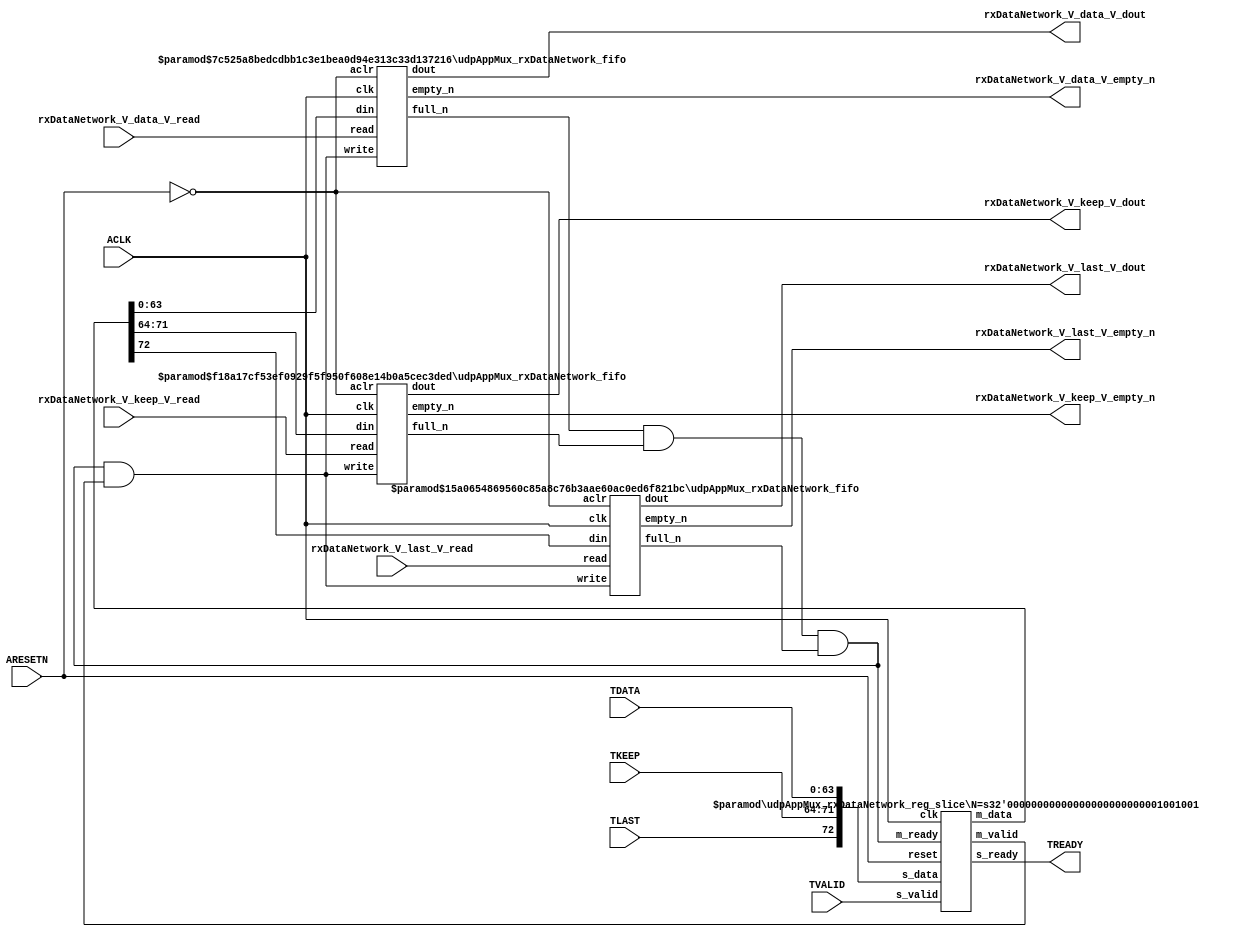
// ==============================================================
// File generated by Vivado(TM) HLS - High-Level Synthesis from C, C++ and SystemC
// Version: 2016.3
// Copyright (C) 1986-2016 Xilinx, Inc. All Rights Reserved.
// 
// ==============================================================


`timescale 1ns/1ps

module udpAppMux_rxDataNetwork_if (
    // AXI4-Stream singals
    input  wire        ACLK,
    input  wire        ARESETN,
    input  wire        TVALID,
    output wire        TREADY,
    input  wire [63:0] TDATA,
    input  wire [7:0]  TKEEP,
    input  wire [0:0]  TLAST,
    // User signals
    output wire [63:0] rxDataNetwork_V_data_V_dout,
    output wire        rxDataNetwork_V_data_V_empty_n,
    input  wire        rxDataNetwork_V_data_V_read,
    output wire [7:0]  rxDataNetwork_V_keep_V_dout,
    output wire        rxDataNetwork_V_keep_V_empty_n,
    input  wire        rxDataNetwork_V_keep_V_read,
    output wire [0:0]  rxDataNetwork_V_last_V_dout,
    output wire        rxDataNetwork_V_last_V_empty_n,
    input  wire        rxDataNetwork_V_last_V_read
);
//------------------------Local signal-------------------
// FIFO
wire [0:0]  fifo_write;
wire [0:0]  fifo_full_n;
wire [63:0] rxDataNetwork_V_data_V_din;
wire [0:0]  rxDataNetwork_V_data_V_full_n;
wire [7:0]  rxDataNetwork_V_keep_V_din;
wire [0:0]  rxDataNetwork_V_keep_V_full_n;
wire [0:0]  rxDataNetwork_V_last_V_din;
wire [0:0]  rxDataNetwork_V_last_V_full_n;
// register slice
wire [0:0]  s_valid;
wire [0:0]  s_ready;
wire [72:0] s_data;
wire [0:0]  m_valid;
wire [0:0]  m_ready;
wire [72:0] m_data;

//------------------------Instantiation------------------
// rs
udpAppMux_rxDataNetwork_reg_slice #(
    .N       ( 73 )
) rs (
    .clk     ( ACLK ),
    .reset   ( ARESETN ),
    .s_data  ( s_data ),
    .s_valid ( s_valid ),
    .s_ready ( s_ready ),
    .m_data  ( m_data ),
    .m_valid ( m_valid ),
    .m_ready ( m_ready )
);

// rxDataNetwork_V_data_V_fifo
udpAppMux_rxDataNetwork_fifo #(
    .DATA_BITS  ( 64 ),
    .DEPTH_BITS ( 4 )
) rxDataNetwork_V_data_V_fifo (
    .clk        ( ACLK ),
    .aclr       ( ~ARESETN ),
    .empty_n    ( rxDataNetwork_V_data_V_empty_n ),
    .full_n     ( rxDataNetwork_V_data_V_full_n ),
    .read       ( rxDataNetwork_V_data_V_read ),
    .write      ( fifo_write ),
    .dout       ( rxDataNetwork_V_data_V_dout ),
    .din        ( rxDataNetwork_V_data_V_din )
);

// rxDataNetwork_V_keep_V_fifo
udpAppMux_rxDataNetwork_fifo #(
    .DATA_BITS  ( 8 ),
    .DEPTH_BITS ( 4 )
) rxDataNetwork_V_keep_V_fifo (
    .clk        ( ACLK ),
    .aclr       ( ~ARESETN ),
    .empty_n    ( rxDataNetwork_V_keep_V_empty_n ),
    .full_n     ( rxDataNetwork_V_keep_V_full_n ),
    .read       ( rxDataNetwork_V_keep_V_read ),
    .write      ( fifo_write ),
    .dout       ( rxDataNetwork_V_keep_V_dout ),
    .din        ( rxDataNetwork_V_keep_V_din )
);

// rxDataNetwork_V_last_V_fifo
udpAppMux_rxDataNetwork_fifo #(
    .DATA_BITS  ( 1 ),
    .DEPTH_BITS ( 4 )
) rxDataNetwork_V_last_V_fifo (
    .clk        ( ACLK ),
    .aclr       ( ~ARESETN ),
    .empty_n    ( rxDataNetwork_V_last_V_empty_n ),
    .full_n     ( rxDataNetwork_V_last_V_full_n ),
    .read       ( rxDataNetwork_V_last_V_read ),
    .write      ( fifo_write ),
    .dout       ( rxDataNetwork_V_last_V_dout ),
    .din        ( rxDataNetwork_V_last_V_din )
);

//------------------------Body---------------------------
//++++++++++++++++++++++++AXI4-Stream++++++++++++++++++++
assign TREADY = s_ready;

//+++++++++++++++++++++++++++++++++++++++++++++++++++++++

//++++++++++++++++++++++++Reigister Slice++++++++++++++++
assign s_valid = TVALID;
assign m_ready = fifo_full_n;
assign s_data  = {TLAST[0:0], TKEEP[7:0], TDATA[63:0]};

//+++++++++++++++++++++++++++++++++++++++++++++++++++++++

//++++++++++++++++++++++++FIFO+++++++++++++++++++++++++++
assign fifo_write                 = fifo_full_n & m_valid;
assign rxDataNetwork_V_data_V_din = m_data[63:0];
assign rxDataNetwork_V_keep_V_din = m_data[71:64];
assign rxDataNetwork_V_last_V_din = m_data[72:72];
assign fifo_full_n                = rxDataNetwork_V_data_V_full_n & rxDataNetwork_V_keep_V_full_n & rxDataNetwork_V_last_V_full_n;

//+++++++++++++++++++++++++++++++++++++++++++++++++++++++

endmodule



`timescale 1ns/1ps

module udpAppMux_rxDataNetwork_fifo
#(parameter
    DATA_BITS  = 8,
    DEPTH_BITS = 4
)(
    input  wire                 clk,
    input  wire                 aclr,
    output wire                 empty_n,
    output wire                 full_n,
    input  wire                 read,
    input  wire                 write,
    output wire [DATA_BITS-1:0] dout,
    input  wire [DATA_BITS-1:0] din
);
//------------------------Parameter----------------------
localparam
    DEPTH = 1 << DEPTH_BITS;
//------------------------Local signal-------------------
reg                   empty;
reg                   full;
reg  [DEPTH_BITS-1:0] index;
reg  [DATA_BITS-1:0]  mem[0:DEPTH-1];
//------------------------Body---------------------------
assign empty_n = ~empty;
assign full_n  = ~full;
assign dout    = mem[index];

// empty
always @(posedge clk or posedge aclr) begin
    if (aclr)
        empty <= 1'b1;
    else if (empty & write & ~read)
        empty <= 1'b0;
    else if (~empty & ~write & read & (index==1'b0))
        empty <= 1'b1;
end

// full
always @(posedge clk or posedge aclr) begin
    if (aclr)
        full <= 1'b0;
    else if (full & read & ~write)
        full <= 1'b0;
    else if (~full & ~read & write & (index==DEPTH-2'd2))
        full <= 1'b1;
end

// index
always @(posedge clk or posedge aclr) begin
    if (aclr)
        index <= {DEPTH_BITS{1'b1}};
    else if (~empty & ~write & read)
        index <= index - 1'b1;
    else if (~full & ~read & write)
        index <= index + 1'b1;
end

// mem
always @(posedge clk) begin
    if (~full & write) mem[0] <= din;
end

genvar i;
generate
    for (i = 1; i < DEPTH; i = i + 1) begin : gen_sr
        always @(posedge clk) begin
            if (~full & write) mem[i] <= mem[i-1];
        end
    end
endgenerate

endmodule

`timescale 1ns/1ps

module udpAppMux_rxDataNetwork_reg_slice
#(parameter
    N = 8   // data width
) (
    // system signals
    input  wire         clk,
    input  wire         reset,
    // slave side
    input  wire [N-1:0] s_data,
    input  wire         s_valid,
    output wire         s_ready,
    // master side
    output wire [N-1:0] m_data,
    output wire         m_valid,
    input  wire         m_ready
);
//------------------------Parameter----------------------
// state
localparam [1:0]
    ZERO = 2'b10,
    ONE  = 2'b11,
    TWO  = 2'b01;
//------------------------Local signal-------------------
reg  [N-1:0] data_p1;
reg  [N-1:0] data_p2;
wire         load_p1;
wire         load_p2;
wire         load_p1_from_p2;
reg          s_ready_t;
reg  [1:0]   state;
reg  [1:0]   next;
//------------------------Body---------------------------
assign s_ready = s_ready_t;
assign m_data  = data_p1;
assign m_valid = state[0];

assign load_p1 = (state == ZERO && s_valid) ||
                 (state == ONE && s_valid && m_ready) ||
                 (state == TWO && m_ready);
assign load_p2 = s_valid & s_ready;
assign load_p1_from_p2 = (state == TWO);

// data_p1
always @(posedge clk) begin
    if (load_p1) begin
        if (load_p1_from_p2)
            data_p1 <= data_p2;
        else
            data_p1 <= s_data;
    end
end

// data_p2
always @(posedge clk) begin
    if (load_p2) data_p2 <= s_data;
end

// s_ready_t
always @(posedge clk) begin
    if (~reset)
        s_ready_t <= 1'b0;
    else if (state == ZERO)
        s_ready_t <= 1'b1;
    else if (state == ONE && next == TWO)
        s_ready_t <= 1'b0;
    else if (state == TWO && next == ONE)
        s_ready_t <= 1'b1;
end

// state
always @(posedge clk) begin
    if (~reset)
        state <= ZERO;
    else
        state <= next;
end

// next
always @(*) begin
    case (state)
        ZERO:
            if (s_valid & s_ready)
                next = ONE;
            else
                next = ZERO;
        ONE:
            if (~s_valid & m_ready)
                next = ZERO;
            else if (s_valid & ~m_ready)
                next = TWO;
            else
                next = ONE;
        TWO:
            if (m_ready)
                next = ONE;
            else
                next = TWO;
        default:
            next = ZERO;
    endcase
end

endmodule